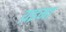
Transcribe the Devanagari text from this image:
य़इमा